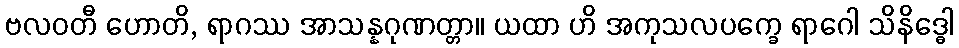
ဗလဝတီ ဟောတိ, ရာဂဿ အာသန္နဂုဏတ္တာ။ ယထာ ဟိ အကုသလပက္ခေ ရာဂေါ သိနိဒ္ဓေါ